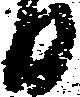
日